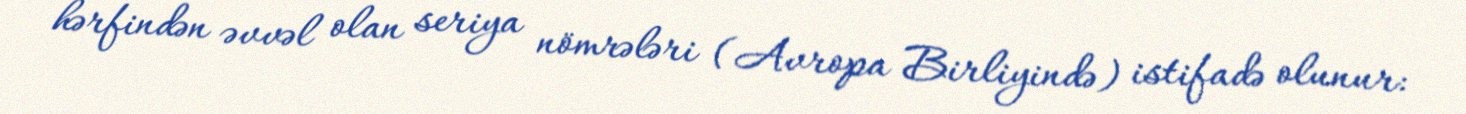
hərfindən əvvəl olan seriya nömrələri (Avropa Birliyində) istifadə olunur: